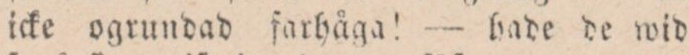
icke orgundad farhåga! — hade de wid